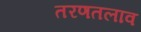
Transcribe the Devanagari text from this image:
तरणतलाव